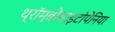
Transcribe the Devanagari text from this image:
थ्रॉम्बोसाइटोपेनिया